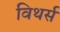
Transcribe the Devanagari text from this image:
विथर्स